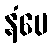
နံပေ